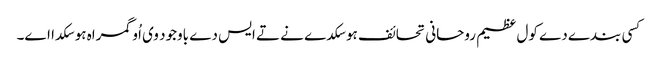
کسی بندے دے کول عظیم روحانی تحائف ہو سکدے نے تے ایس دے باوجود وی اُو گمراہ ہو سکدا اے۔